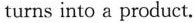
turns into a product.